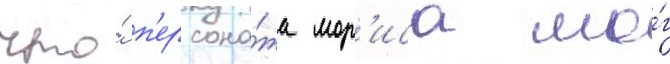
что́ п'ерсона́жа мор'иса мо́г